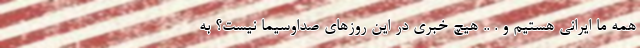
همه ما ایرانی هستیم و . .. هیچ خبری در این روزهای صداوسیما نیست؟ به